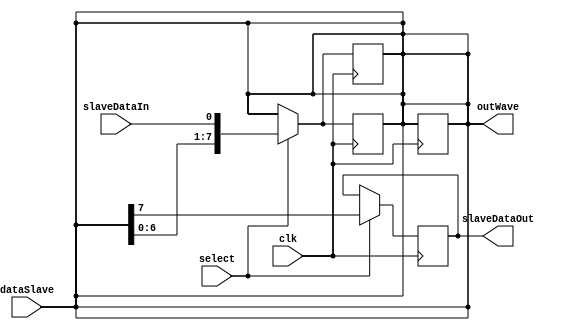
module slave(clk,select,dataSlave,slaveDataOut,slaveDataIn,outWave);
input clk;
input select;
input [7:0] dataSlave;
input slaveDataIn;
output reg slaveDataOut;
output reg [7:0] outWave; 
//
reg [7:0] data;
integer count = 0;
//
always @(dataSlave) begin
    count = 0;
    data = dataSlave;
    outWave = data;
end
//
always @(posedge clk) begin
    if (select==1) begin
        if (count < 9) begin
        data = data << 1;
        data[0] = slaveDataIn;
        outWave = data;
        end
        else begin
           outWave = data;
        end
    end
    else begin
        outWave = data;
    end
end
always @(negedge clk) begin
    if (select==1) begin
        slaveDataOut = data[7];
        count = count + 1;
    end
    else begin
        outWave = data;
    end
end
//
endmodule